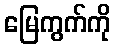
မြေကွက်ကို